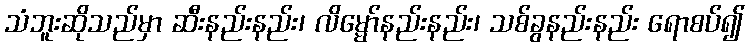
သံဘူးဆိုသည်မှာ ဆီးနည်းနည်း၊ လိမ္မော်နည်းနည်း၊ သစ်ခွနည်းနည်း ရောစပ်၍